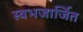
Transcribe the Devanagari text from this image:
स्वभजार्जित